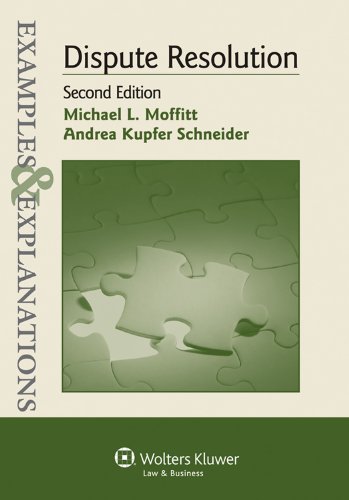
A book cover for Examples & Explanations: Dispute Resolution, 2nd Edition; Michael L. Moffitt; Law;